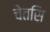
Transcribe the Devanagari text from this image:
चेतसि